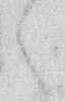
々